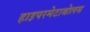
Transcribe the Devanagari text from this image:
हाइपरमेटाबोलस